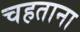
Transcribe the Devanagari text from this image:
चहताना